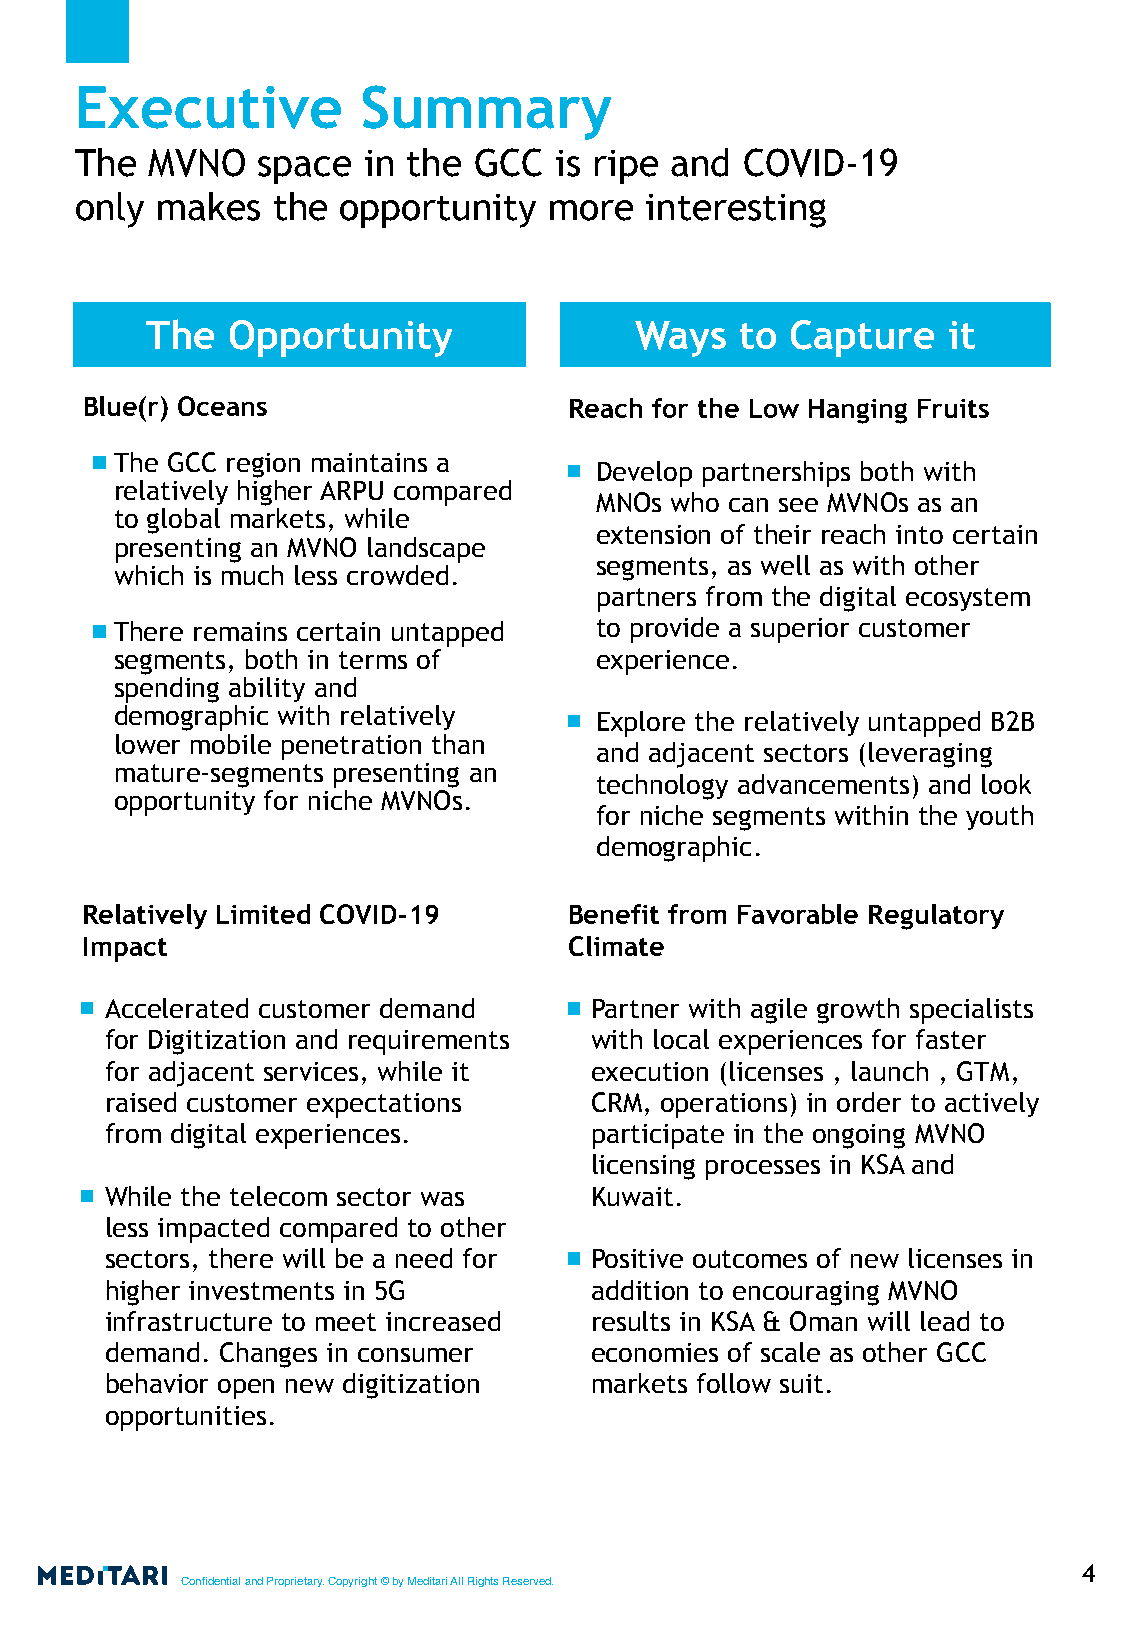
Executive          Summary
 The  MVNO   space  in the GCC   is ripe and COVID-19
 only makes   the  opportunity  more   interesting
 The  Opportunity                Ways   to Capture    it
 Blue(r) Oceans                   Reach for the Low Hanging Fruits
 The GCC region maintains a
 Develop partnerships both with
 relatively higher ARPU compared
 MNOs who can see MVNOs as an
 to global markets, while
 extension of their reach into certain
 presenting an MVNO landscape
 segments, as well as with other
 which is much less crowded.
 partners from the digital ecosystem
 There remains certain untapped to provide a superior customer
 segments, both in terms of     experience.
 spending ability and
 demographic with relatively    Explore the relatively untapped B2B
 lower mobile penetration than
 and adjacent sectors (leveraging
 mature-segments presenting an
 technology advancements) and look
 opportunity for niche MVNOs.
 for niche segments within the youth
 demographic.
 Relatively Limited COVID-19      Benefit from Favorable Regulatory
 Impact                           Climate
 Accelerated customer demand     Partner with agile growth specialists
 for Digitization and requirements with local experiences for faster
 for adjacent services, while it execution (licenses , launch , GTM,
 raised customer expectations    CRM, operations) in order to actively
 from digital experiences.       participate in the ongoing MVNO
 licensing processes in KSA and
 While the telecom sector was    Kuwait.
 less impacted compared to other
 sectors, there will be a need for Positive outcomes of new licenses in
 higher investments in 5G        addition to encouraging MVNO
 infrastructure to meet increased results in KSA & Oman will lead to
 demand. Changes in consumer     economies of scale as other GCC
 behavior open new digitization  markets follow suit.
 opportunities.
 4
 Confidential and Proprietary. Copyright © by Meditari All Rights Reserved.